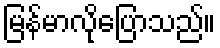
မြန်မာလိုပြောသည်။